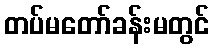
တပ်မတော်ခန်းမတွင်